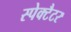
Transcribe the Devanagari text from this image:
स्पेक्टैटर